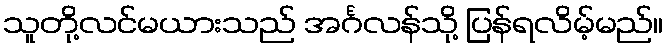
သူတို့လင်မယားသည် အင်္ဂလန်သို့ ပြန်ရလိမ့်မည်။